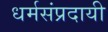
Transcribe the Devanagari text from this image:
धर्मसंप्रदायी